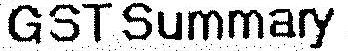
GST SUMMARY